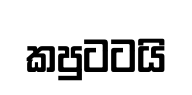
කපුටටයි